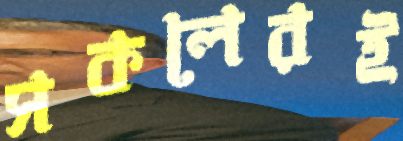
সকলেরই